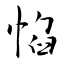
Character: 惂